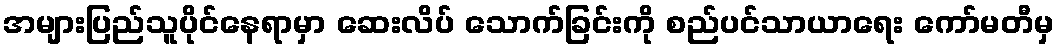
အများပြည်သူပိုင်နေရာမှာ ဆေးလိပ် သောက်ခြင်းကို စည်ပင်သာယာရေး ကော်မတီမှ